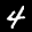
Label: 4